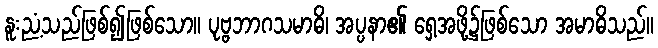
နူးညံ့သည်ဖြစ်၍ဖြစ်သော။ ပုဗ္ဗဘာဂသမာဓိ၊ အပ္ပနာ၏ ရှေ့အဖို့၌ဖြစ်သော အမာဓိသည်။